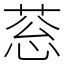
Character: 䓗